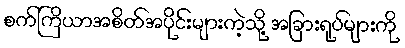
စက်ကြိယာအစိတ်အပိုင်းများကဲ့သို့ အခြားရုပ်များကို